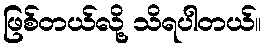
ဖြစ်တယ်လို့ သိရပါတယ်။